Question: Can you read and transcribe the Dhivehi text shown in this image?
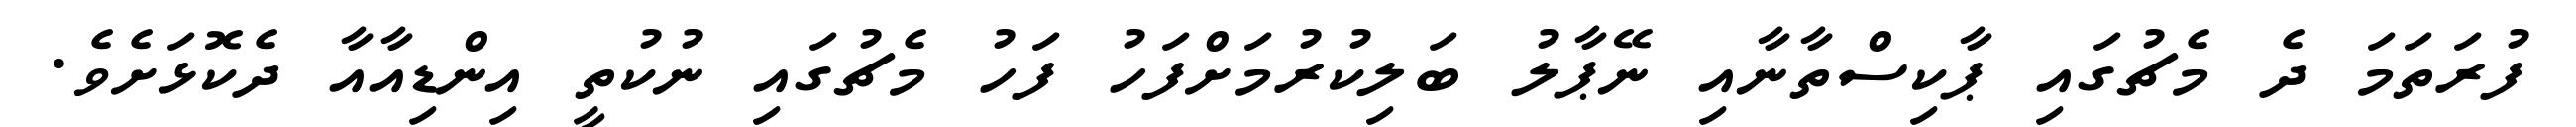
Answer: ފުރަތަމަ ދެ މެޗުގައި ޕާކިސްތާނާއި ނޭޕާލު ބަލިކުރުމަށްފަހު ފަހު މެޗުގައި ނުކުތީ އިންޑިއާއާ ދެކޮޅަށެވެ.